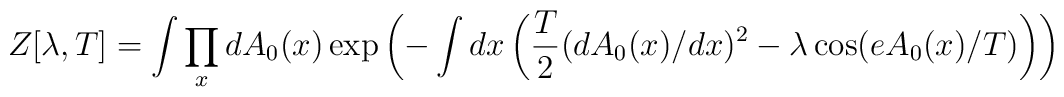
Z[\lambda,T]=\int \prod_x dA_0(x)\exp\left(-\int dx\left(\frac{T}{2} (dA_0(x)/dx)^2-\lambda\cos (eA_0(x)/T) \right)\right)